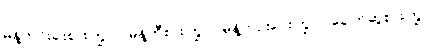
မုန့်ဟင်းခါးစားကြွပါ။ မုန့်တီစားကြွပါ၊ မုန့်ဘုဉ်းပေးကြွပါ၊ ခေါက်ဆွဲစားကြွပါ